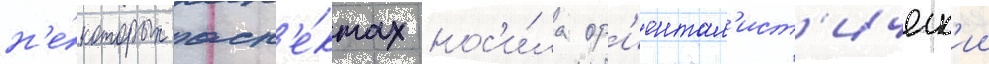
н'е́которых асп'е́ктах нос'и́ла ор'иентал'ист'ическ'ии